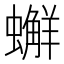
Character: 𧒻